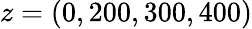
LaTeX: z=(0,200,300,400)